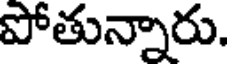
పోతున్నారు.